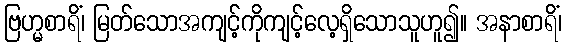
ဗြဟ္မစာရိံ၊ မြတ်သောအကျင့်ကိုကျင့်လေ့ရှိသောသူဟူ၍။ အနာစာရိံ၊